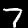
Digit: 7